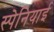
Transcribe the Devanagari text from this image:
स्‍पेनियाई